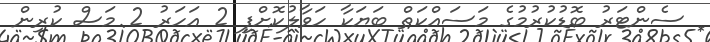
ސެންޓަރު ބޮޑުކުރުމުގެ މަސައްކަތް ބަޔަކާ ހަވާލުކޮށްފި 2 އަހަރު 2 މަސް ކުރިން